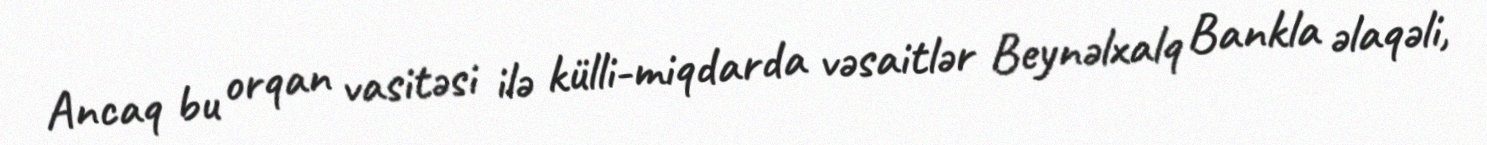
Ancaq bu orqan vasitəsi ilə külli-miqdarda vəsaitlər Beynəlxalq Bankla əlaqəli,